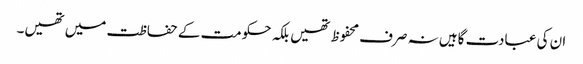
ان کی عبادت گاہیں نہ صرف محفوظ تھیں بلکہ حکومت کے حفاظت میں تھیں۔